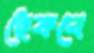
ছেঁকবে